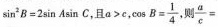
$$\sin^{2}B=2\sin A \sin C$$,且$$a>c$$,$$\cos B= \frac{1}{4}$$则\frac{a}{c}=